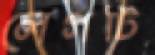
লেগটি